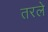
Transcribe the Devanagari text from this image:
तरले